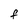
Character: F